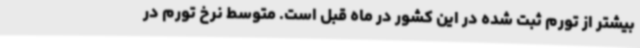
بیشتر از تورم ثبت شده در این کشور در ماه قبل است. متوسط نرخ تورم در